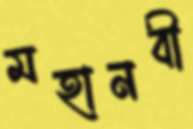
মহানবী